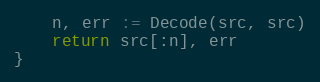
Language: Go
	n, err := Decode(src, src)
	return src[:n], err
}